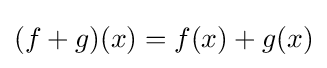
(f+g)(x)=f(x)+g(x)